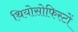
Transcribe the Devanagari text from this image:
थियोसोफिस्टों